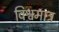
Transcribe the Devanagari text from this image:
विश्वमात्र